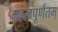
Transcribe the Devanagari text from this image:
महत्वपूर्णतम्